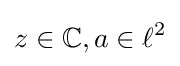
z\in \mathbb {C} ,a\in \ell ^{2}